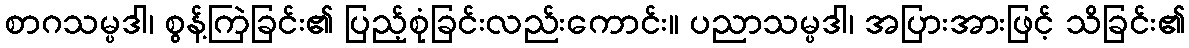
စာဂသမ္ပဒါ၊ စွန့်ကြဲခြင်း၏ ပြည့်စုံခြင်းလည်းကောင်း။ ပညာသမ္ပဒါ၊ အပြားအားဖြင့် သိခြင်း၏